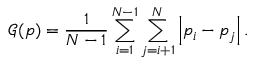
\mathcal { G } ( \boldsymbol { p } ) = \frac { 1 } { N - 1 } \sum _ { i = 1 } ^ { N - 1 } \sum _ { j = i + 1 } ^ { N } \left| p _ { i } - p _ { j } \right| .